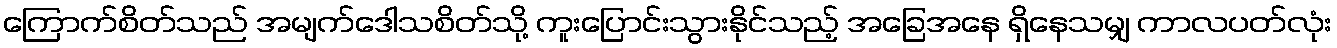
ကြောက်စိတ်သည် အမျက်ဒေါသစိတ်သို့ ကူးပြောင်းသွားနိုင်သည့် အခြေအနေ ရှိနေသမျှ ကာလပတ်လုံး